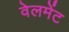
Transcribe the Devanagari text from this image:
वेलमेंट